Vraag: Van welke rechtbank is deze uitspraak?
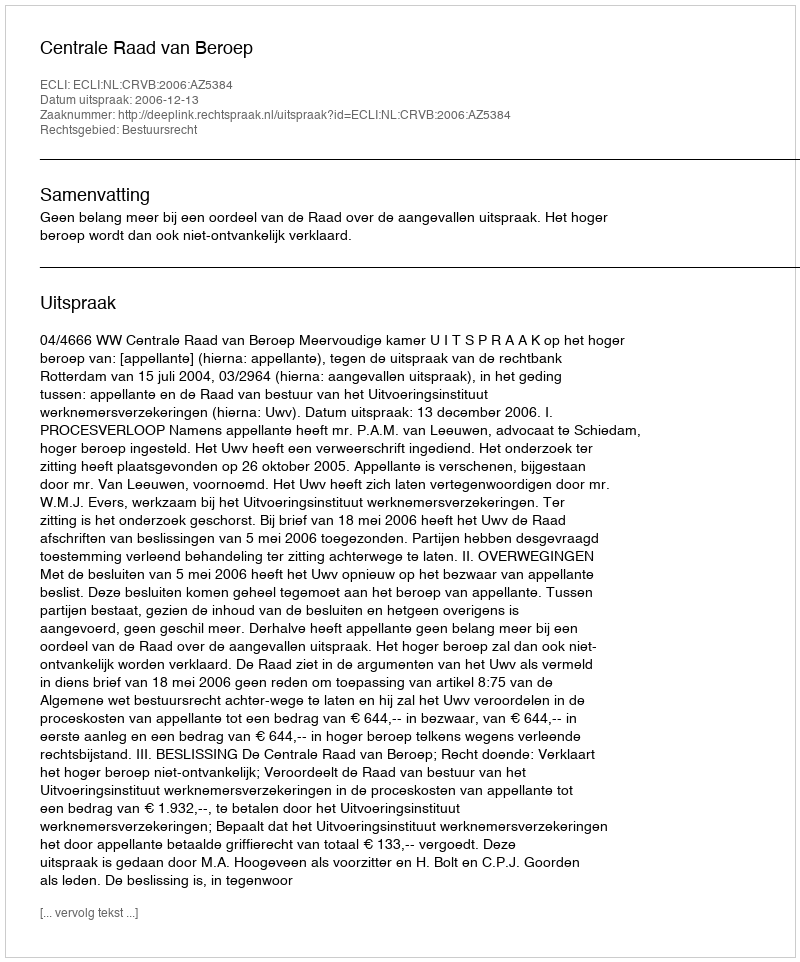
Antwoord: Centrale Raad van Beroep